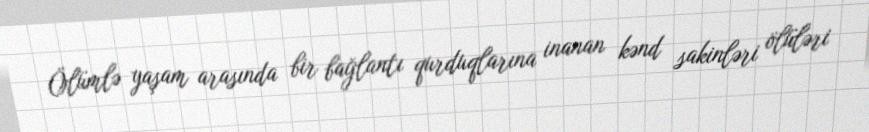
Ölümlə yaşam arasında bir bağlantı qurduqlarına inanan kənd sakinləri ölüləri